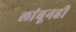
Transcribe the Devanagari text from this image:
लांबूनही